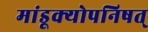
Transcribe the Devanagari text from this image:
मांडूक्योपनिषत्